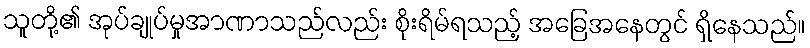
သူတို့၏ အုပ်ချုပ်မှုအာဏာသည်လည်း စိုးရိမ်ရသည့် အခြေအနေတွင် ရှိနေသည်။